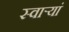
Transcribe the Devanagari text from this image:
स्वार्‍यां